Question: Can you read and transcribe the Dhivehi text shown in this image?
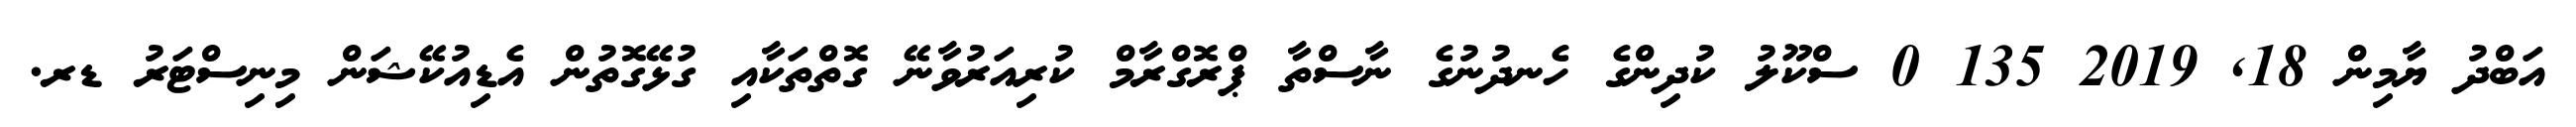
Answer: އަބްދު ޔާމިން 18, 2019 135 0 ސްކޫލު ކުދިންގެ ހެނދުނުގެ ނާސްތާ ޕްރޮގްރާމް ކުރިއަރުވާނޭ ގޮތްތަކާއި ގުޅޭގޮތުން އެޑިއުކޭޝަން މިނިސްޓަރު ޑރ.